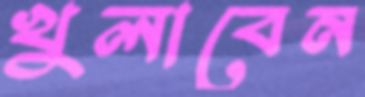
খুলাবেন